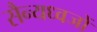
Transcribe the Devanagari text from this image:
सैन्यध्वजों